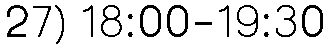
27) 18:00-19:30